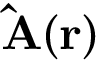
\mathbf { \hat { A } } ( \mathbf { r } )